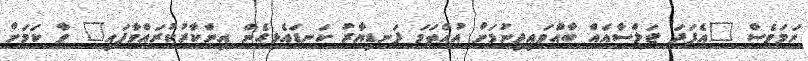
ނަމަވެސް "އެފަދަ ޖަލްސާއެއް ބާއްވައިދިނުމަށް އުއްތަމަ ފަނޑިޔާރު ކަނޑައެޅިގެން އިންކާރުކުރައްވާފައި" ވާ ކަމަށް